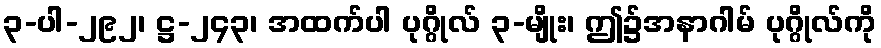
၃-ပါ-၂၉၂၊ ဋ္ဌ-၂၄၃၊ အထက်ပါ ပုဂ္ဂိုလ် ၃-မျိုး၊ ဤ၌အနာဂါမ် ပုဂ္ဂိုလ်ကို